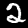
Digit: 2